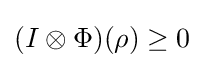
(I\otimes \Phi )(\rho )\geq 0